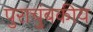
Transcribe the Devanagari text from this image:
पुराचुंबकीय